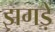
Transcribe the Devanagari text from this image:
झगड़ें